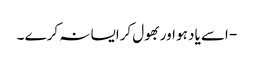
- اسے یاد ہو اوربھول کرایسا نہ کرے ۔